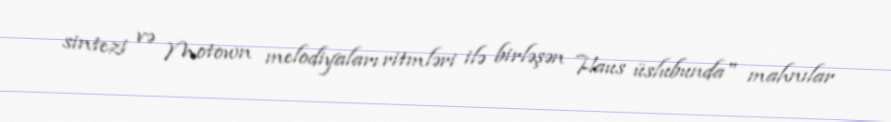
sintezi və Motown melodiyaları ritmləri ilə birləşən Haus üslubunda" mahnılar